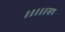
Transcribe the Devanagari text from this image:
॥॥॥॥॥जय